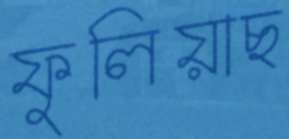
ফুলিয়াছ